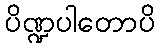
ပိဏ္ဍပါတောပိ